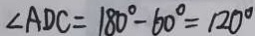
\angle A D C = 1 8 0 ^ { \circ } - 6 0 ^ { \circ } = 1 2 0 ^ { \circ }